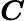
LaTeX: \boldsymbol{C}